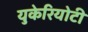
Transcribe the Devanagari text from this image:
युकेरियोटी